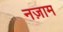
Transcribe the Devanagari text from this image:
नज़ाम